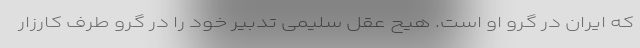
که ایران در گرو او است. هیح عقل سلیمی تدبیر خود را در گرو طرفِ کارزار